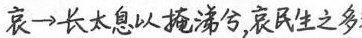
哀→长太息以掩涕兮，哀民生之